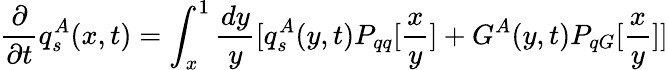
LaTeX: \frac{\partial}{\partial t}q_{s}^{A}(x,t)=\int_{x}^{1}\frac{dy}{y}[q_{s}^{A}(y,t)P_{qq}[\frac{x}{y}]+G^{A}(y,t)P_{qG}[\frac{x}{y}]]